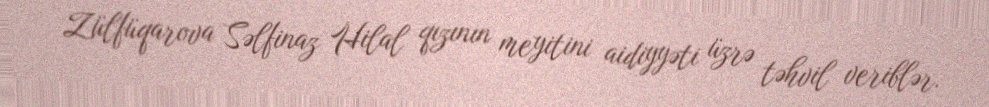
Zülfüqarova Səlfinaz Hilal qızının meyitini aidiyyəti üzrə təhvil veriblər.